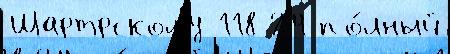
Шартрскому 118 24 по́лный